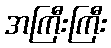
အကြီးကြီး